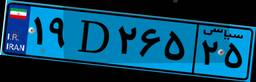
۶۸D۴۴۲۶۵